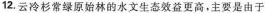
12.云冷杉常绿原始林的水文生态效益更高，主要是由于